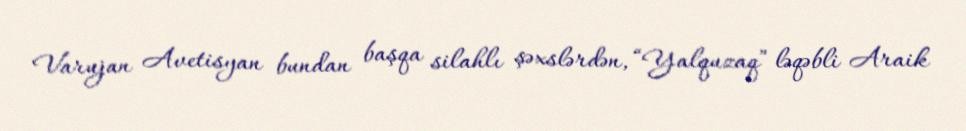
Varujan Avetisyan bundan başqa silahlı şəxslərdən, “Yalquzaq” ləqəbli Araik